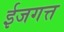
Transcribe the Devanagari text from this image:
ईजगत्त